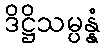
ဒိဋ္ဌိသမ္ပန္နံ